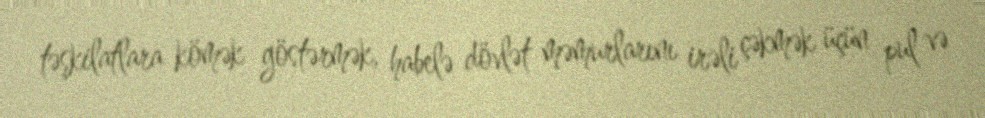
təşkilatlara kömək göstərmək, habelə dövlət məmurlarını irəli çəkmək üçün pul və